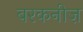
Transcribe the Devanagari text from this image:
बरकनीज़